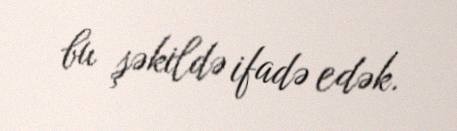
bu şəkildə ifadə edək.